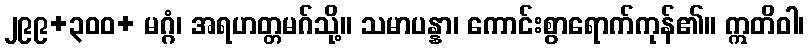
၂၉၉+၃၀၀+ မဂ္ဂံ၊ အရဟတ္တမဂ်သို့။ သမာပန္နာ၊ ကောင်းစွာရောက်ကုန်၏။ ဣတိဝါ၊